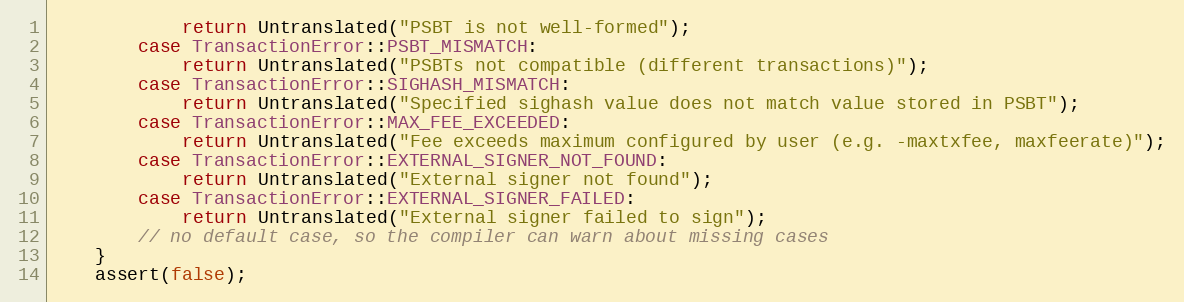
Language: C++
            return Untranslated("PSBT is not well-formed");
        case TransactionError::PSBT_MISMATCH:
            return Untranslated("PSBTs not compatible (different transactions)");
        case TransactionError::SIGHASH_MISMATCH:
            return Untranslated("Specified sighash value does not match value stored in PSBT");
        case TransactionError::MAX_FEE_EXCEEDED:
            return Untranslated("Fee exceeds maximum configured by user (e.g. -maxtxfee, maxfeerate)");
        case TransactionError::EXTERNAL_SIGNER_NOT_FOUND:
            return Untranslated("External signer not found");
        case TransactionError::EXTERNAL_SIGNER_FAILED:
            return Untranslated("External signer failed to sign");
        // no default case, so the compiler can warn about missing cases
    }
    assert(false);